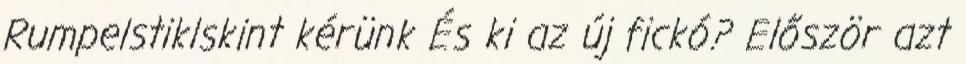
Rumpelstiklskint kérünk És ki az új fickó? Először azt